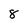
Character: 8